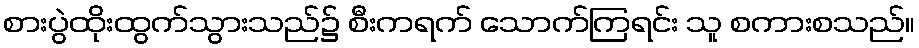
စားပွဲထိုးထွက်သွားသည်၌ စီးကရက် သောက်ကြရင်း သူ စကားစသည်။